Vaccination in Bombay 1856-1862 - 1856-1862
Year: 1856
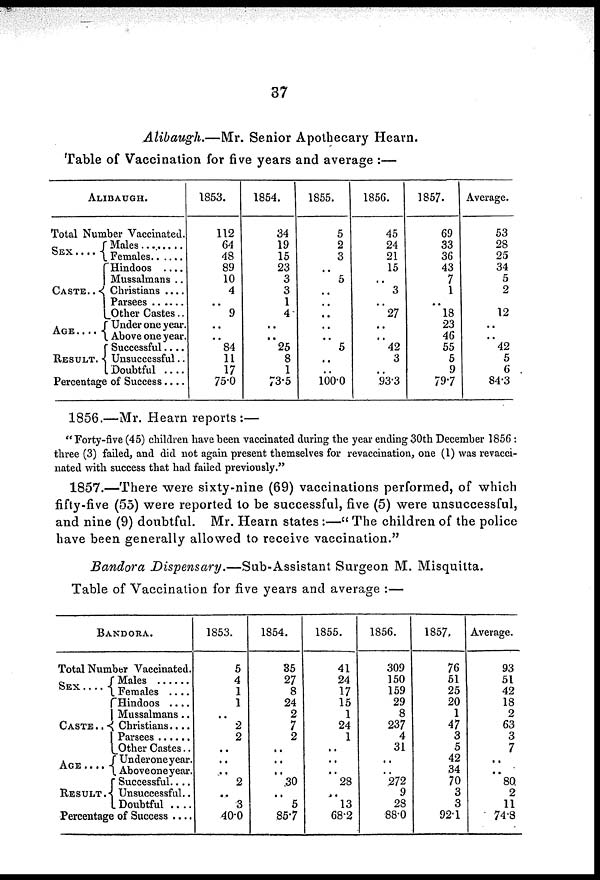
37
Alibaugh.—Mr.
Senior Apothecary Hearn.
Table of Vaccination for five years and average :—
ALIBAUGH.
Total Number Vaccinated.
SEX
....
CASTE..
AGE....
RESULT.
Males
........
Females ......
Hindoos ....
Mussalmans ..
Christians ....
Parsees ......
Other Castes..
Under one year.
Above one year.
Successful....
Unsuccessful..
Doubtful
....
Percentage of Success....
1853.
112
64
48
89
10
4
..
9
..
..
84
11
17
75.0
1854.
34
19
15
23
3
3
1
4
..
..
25
8
1
73.5
1855.
5
2
3
..
5
..
..
..
..
..
5
..
..
100.0
1856.
45
24
21
15
..
3
..
27
..
..
42
3
..
93.3
1857.
69
33
36
43
7
1
..
18
23
46
55
5
9
79.7
Average.
53
28
25
34
5
2
..
12
..
..
42
5
6
84.3
1856.—Mr. Hearn reports :—
"Forty-five (45) children have been vaccinated during the year ending 30th December 1856 :
three (3) failed, and did not again present themselves for revaccination, one (1) was revacci¬
nated with success that had failed previously."
1857.—There were sixty-nine (69) vaccinations performed, of which
fifty-five (55) were reported to be successful, five (5) were unsuccessful,
and nine (9) doubtful. Mr. Hearn states :—" The children of the police
have been generally allowed to receive vaccination."
Bandora Dispensary.—Sub-Assistant
Surgeon M. Misquitta.
Table of Vaccination for five years and average :—
BANDORA.
Total Number Vaccinated.
SEX
....
CASTE ..
AGE ....
RESULT.
Males ......
Females ....
Hindoos ....
Mussalmans..
Christians....
Parsees ......
Other Castes..
Under one year.
Above one year.
Successful....
Unsuccessful..
Doubtful
....
Percentage of Success ....
1853.
5
4
1
1
..
2
2
..
..
..
2
..
3
40.0
1854.
35
27
8
24
2
7
2
..
..
..
30
..
5
85.7
1855.
41
24
17
15
1
24
1
..
..
..
28
..
13
68.2
1856.
309
150
159
29
8
237
4
31
..
..
272
9
28
88.0
1857.
76
51
25
20
1
47
3
5
42
34
70
3
3
92.1
Average.
93
51
42
18
2
63
3
7
..
..
80
2
11
74.8